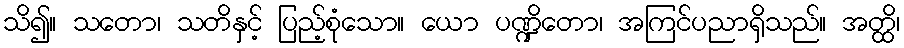
သိ၍။ သတော၊ သတိနှင့် ပြည့်စုံသော။ ယော ပဏ္ဍိတော၊ အကြင်ပညာရှိသည်။ အတ္ထိ၊